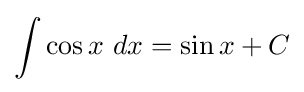
\int \cos {x}\ dx=\sin {x}+C